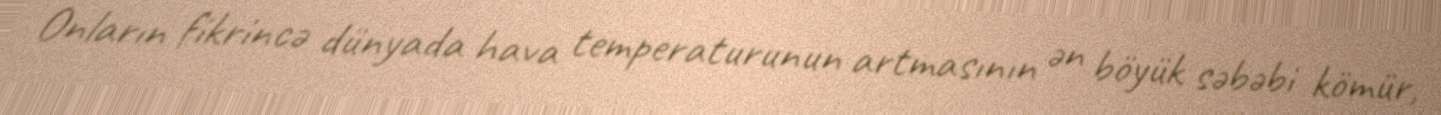
Onların fikrincə dünyada hava temperaturunun artmasının ən böyük səbəbi kömür,